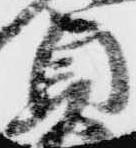
貞